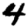
Digit: 4